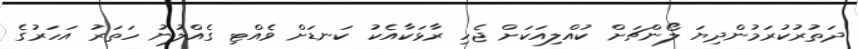
ދަތުރުކުރަމުންދިޔަ ލޯންޗަށް ކުއްލިއަކަށް ޖެހި ރާޅަކާއެކު ކަނޑަށް ވެއްޓި ގެއްލުނު ހަތަރު އަހަރުގެ